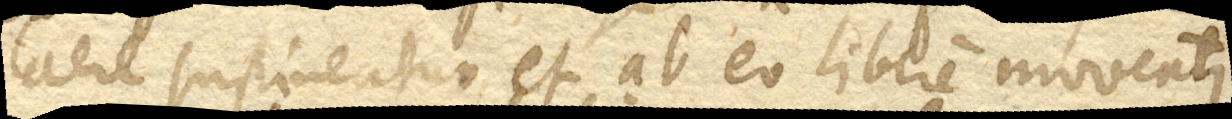
aere sustineatur, et ab eo libere moveatur